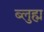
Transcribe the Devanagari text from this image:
ब्लुह्म